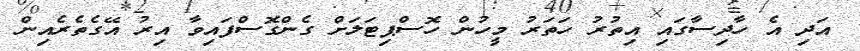
އަދި އެ ހާދިސާގައި އިތުރު ހަތަރު މީހުން ހޮސްޕިޓަލަށް ގެންގޮސްފައިވާ އިރު އޭގެތެރެއިން